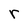
Character: r